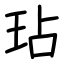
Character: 玷